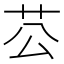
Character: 𦬘